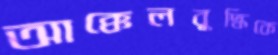
আক্কেলবুদ্ধিকে